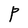
Character: P